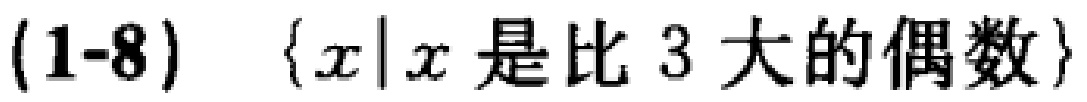
(1-8) \(\{x|x\text{ 是比 }3\text{ 大的偶数}\}\)